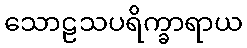
သောဠသပရိက္ခာရာယ